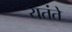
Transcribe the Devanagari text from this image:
यतंते